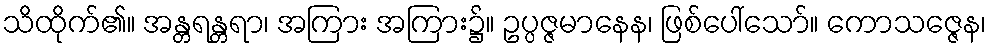
သိထိုက်၏။ အန္တရန္တရာ၊ အကြား အကြား၌။ ဥပ္ပဇ္ဇမာနေန၊ ဖြစ်ပေါ်သော်။ ကောသဇ္ဇေန၊